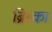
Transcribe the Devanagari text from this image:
ब्रिस्का